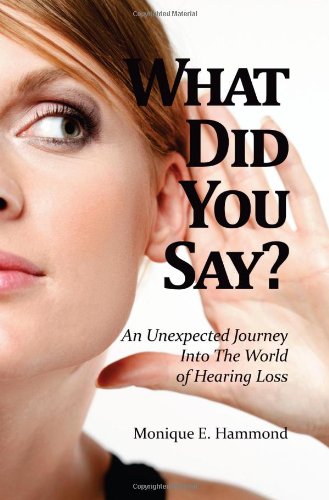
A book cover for What Did You Say? An Unexpected Journey Into the World of Hearing Loss; Monique E. Hammond; Health, Fitness & Dieting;